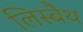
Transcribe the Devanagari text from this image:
लिस्बैथ